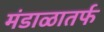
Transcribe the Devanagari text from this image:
मंडाळातर्फ